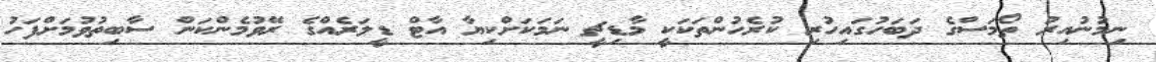
ނިމުނުއިރު ތޯމަސްގެ ދަބަހުގައިހުރި ކުރެހުންތަކަކީ މާޑިޗީ ނަމަކަށްކިޔާ އާޓް ޑީލަރެއްގެ ރޭވުމެންކަން ސާބިތުވުމަށްފަހު